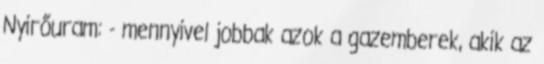
Nyirőuram: - mennyivel jobbak azok a gazemberek, akik az